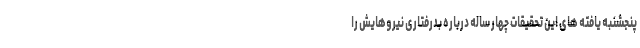
پنجشنبه یافته های این تحقیقات چهار ساله درباره بدرفتاری نیروهایش را